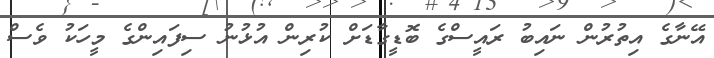
އޭނާގެ އިތުރުން ނައިބު ރައީސްގެ ބޮޑީގާޑަށް ކުރިން އުޅުނު ސިފައިންގެ މީހަކު ވެސް